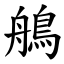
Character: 鵃